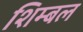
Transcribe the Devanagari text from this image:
शिम्बल